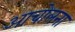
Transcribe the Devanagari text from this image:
आचोलना